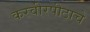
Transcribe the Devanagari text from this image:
करवीरपीठाचे